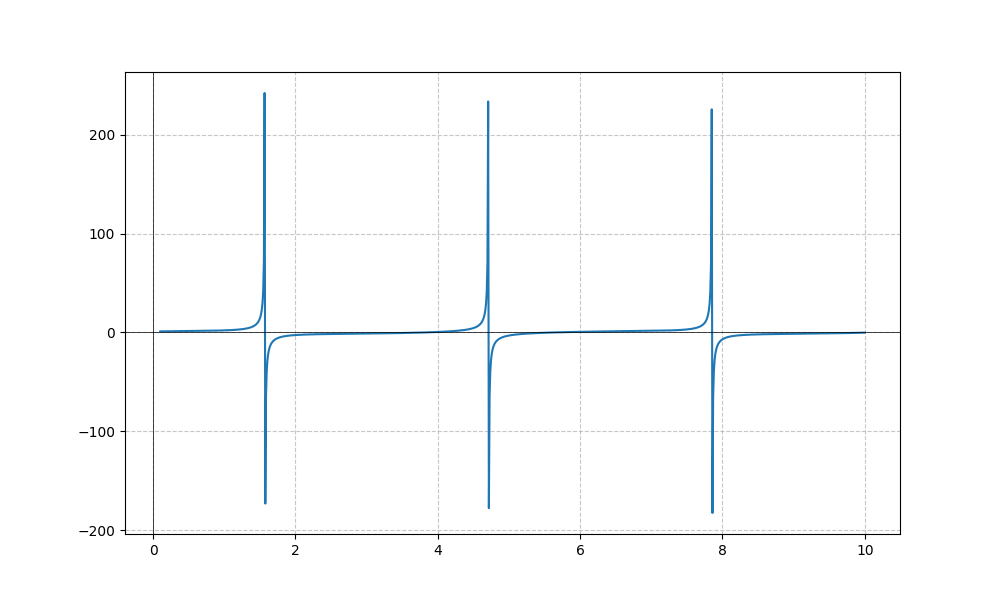
LaTeX formula: \cos{\left(x \right)} + \tan{\left(x \right)}